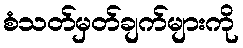
စံသတ်မှတ်ချက်များကို